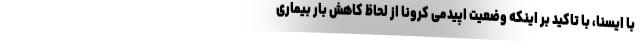
با ایسنا، با تاکید بر اینکه وضعیت اپیدمی کرونا از لحاظ کاهش بار بیماری